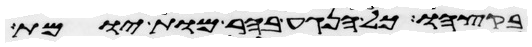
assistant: בקצהו כל הנגע בהר מות יומת